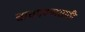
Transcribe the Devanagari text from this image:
चाचपण्यासाठी